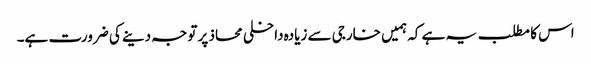
اس کا مطلب یہ ہے کہ ہمیں خارجی سے زیادہ داخلی محاذ پر توجہ دینے کی ضرورت ہے۔